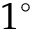
1 ^ { \circ }